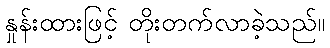
နှုန်းထားဖြင့် တိုးတက်လာခဲ့သည်။